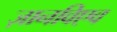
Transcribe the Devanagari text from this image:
ज़ानविएव